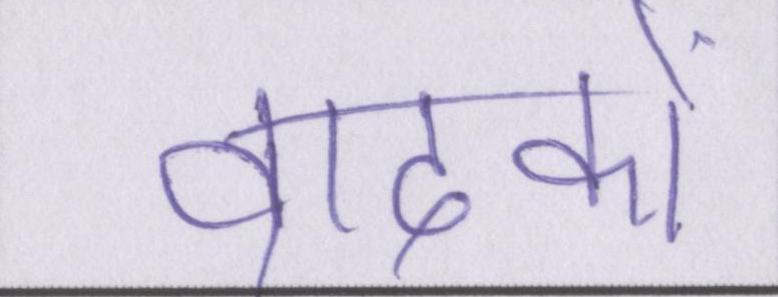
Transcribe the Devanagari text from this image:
वादकों